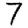
Digit: 7